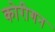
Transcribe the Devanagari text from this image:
कोरीगन